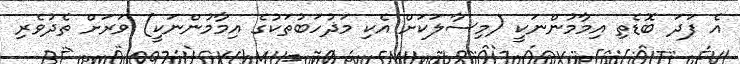
އެ ފަދަ ބޮޑެތި އިމާމުންނަކީ (މިސާލަކަށް އެކި މަޛުހަބުތަކުގެ އިމާމުންނަކީ) ވަރަށް ތެދުވެރި